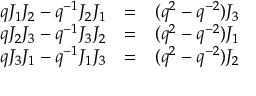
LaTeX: \begin{array} { l c r } { { q J _ { 1 } J _ { 2 } - q ^ { - 1 } J _ { 2 } J _ { 1 } } } & { { = } } & { { ( q ^ { 2 } - q ^ { - 2 } ) J _ { 3 } } } \\ { { q J _ { 2 } J _ { 3 } - q ^ { - 1 } J _ { 3 } J _ { 2 } } } & { { = } } & { { ( q ^ { 2 } - q ^ { - 2 } ) J _ { 1 } } } \\ { { q J _ { 3 } J _ { 1 } - q ^ { - 1 } J _ { 1 } J _ { 3 } } } & { { = } } & { { ( q ^ { 2 } - q ^ { - 2 } ) J _ { 2 } } } \end{array}